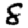
Digit: 8